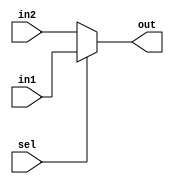
`timescale 1ns / 1ps
//////////////////////////////////////////////////////////////////////////////////
// Company: 
// Engineer: 
// 
// Design Name: 
// Module Name: Mux
// Project Name: 
// Target Devices: 
// Tool Versions: 
// Description: 
// 
// Dependencies: 
// 
// Revision:
// Revision 0.01 - File Created
// Additional Comments:
// 
//////////////////////////////////////////////////////////////////////////////////


module Mux
    #(parameter bits_num = 32)(
    input [bits_num-1:0] in1,
    input [bits_num-1:0] in2,
    input sel,
    output [bits_num-1:0] out
    );
    
    assign out = (sel)?(in1):(in2);
    
endmodule